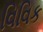
વિવિક